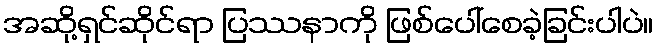
အဆို့ရှင်ဆိုင်ရာ ပြဿနာကို ဖြစ်ပေါ်စေခဲ့ခြင်းပါပဲ။